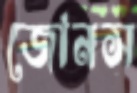
জোনস